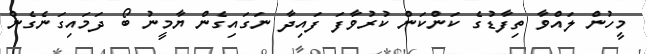
މީހުން ލައްވާ ތިފާޑުގެ ކަންކަން ކުރުވާފަ ފައިދާ ނަގައިގެން ޔާމީނު ބޯ ދަމައިގަނެގެން